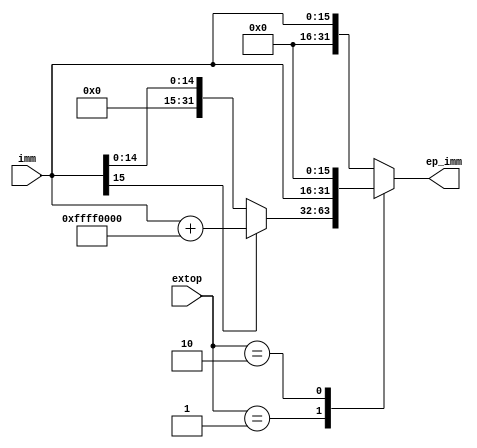
`timescale 1ns / 1ps
//////////////////////////////////////////////////////////////////////////////////
// Company: 
// Engineer: 
// 
// Design Name: 
// Module Name: exp
// Project Name: 
// Target Devices: 
// Tool Versions: 
// Description: 
// 
// Dependencies: 
// 
// Revision:
// Revision 0.01 - File Created
// Additional Comments:
// 
//////////////////////////////////////////////////////////////////////////////////


module exp(
    input [1:0] extop,
    input [15:0] imm,
    output reg [31:0] ep_imm
    );
    always @(extop, imm) begin
	    case(extop) 
	        2'b00: 
	            ep_imm <= imm;
	        2'b01: 
	           begin
	            if(imm[15] == 1) ep_imm <= imm + 32'hffff0000;
	            else ep_imm <= imm;
	            end
	        2'b10: 
	            ep_imm <= imm << 16;//lui
		    default: 
		        ep_imm <= imm;
	    endcase
    end
    
endmodule